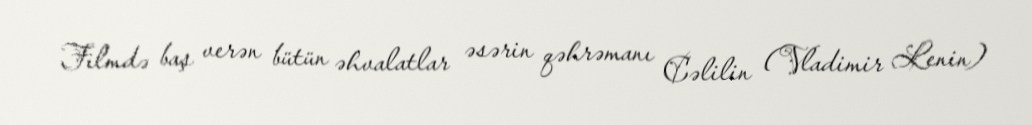
Filmdə baş verən bütün əhvalatlar əsərin qəhrəmanı Cəlilin (Vladimir Lenin)